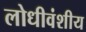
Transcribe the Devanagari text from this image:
लोधीवंशीय